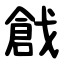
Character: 戧